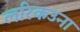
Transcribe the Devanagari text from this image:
लरिकउना